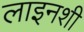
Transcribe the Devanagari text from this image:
लाइनशी